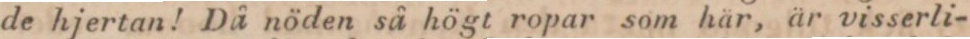
de hjertan! Då nöden så högt ropar som här, är visserli-